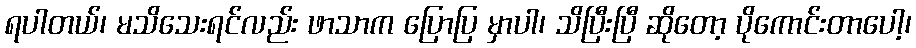
ရပါတယ်၊ မသိသေးရင်လည်း ဖာသာက ပြောပြ မှာပါ၊ သိပြီးပြီ ဆိုတော့ ပိုကောင်းတာပေါ့၊